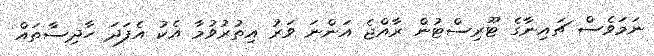
ނަމަވެސް ޗައިނާގެ ޓޫރިސްޓުން ރާއްޖެ އަންނަ ވަރު އިތުރުވުމާ އެކު އެފަދަ ހާދިސާތައް